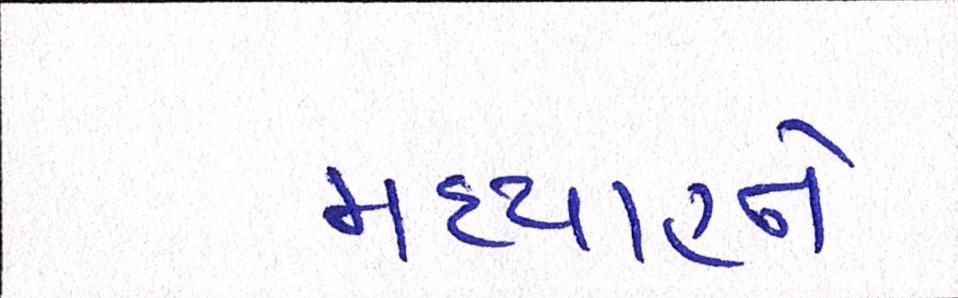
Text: મધ્યાહ્ને